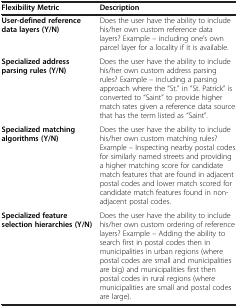
<table><thead><tr><td><b>Flexibility Metric</b></td><td><b>Description</b></td></tr></thead><tbody><tr><td><b>User-defined reference data layers (Y/N)</b></td><td>Does the user have the ability to include his/her own custom reference data layers? Example – including one’s own parcel layer for a locality if it is available.</td></tr><tr><td><b>Specialized address parsing rules (Y/N)</b></td><td>Does the user have the ability to include his/her own custom address parsing rules? Example – including a parsing approach where the “St.” in “St. Patrick” is converted to “Saint” to provide higher match rates given a reference data source that has the term listed as “Saint”.</td></tr><tr><td><b>Specialized matching algorithms (Y/N)</b></td><td>Does the user have the ability to include his/her own custom matching rules? Example – Inspecting nearby postal codes for similarly named streets and providing a higher matching score for candidate match features that are found in adjacent postal codes and lower match scored for candidate match features found in non-adjacent postal codes.</td></tr><tr><td><b>Specialized feature selection hierarchies (Y/N)</b></td><td>Does the user have the ability to include his/her own custom ordering of reference layers? Example – Adding the ability to search first in postal codes then in municipalities in urban regions (where postal codes are small and municipalities are big) and municipalities first then postal codes in rural regions (where municipalities are small and postal codes are large).</td></tr></tbody></table>